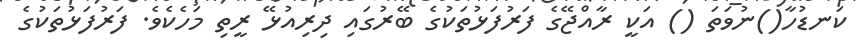
ކަނޑުހާ()ނުވަތަ () އަކީ ރާއްޖޭގެ ފަރުފަޅުތަކުގެ ބޭރުގައި ދިރިއުޅޭ ރީތި މަހެކެވެ. ފަރުފަޅުތަކުގެ